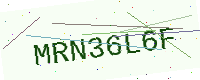
Text: MRN36L6F